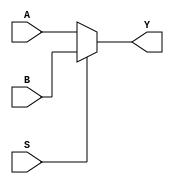
module MUX_32bit 
(
    input [31:0] A,
    input [31:0] B,
    input S,
    output [31:0] Y
);
    assign Y = S ? B : A;
endmodule